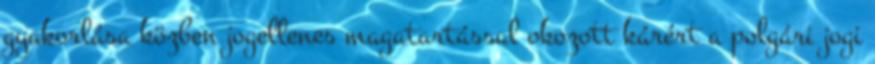
gyakorlása közben jogellenes magatartással okozott kárért a polgári jogi